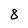
Character: 8